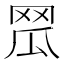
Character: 𦊡